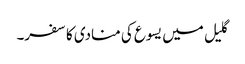
گلیل میں یسوع کی منادی کا سفر۔